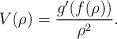
LaTeX: \begin{align*}V(\rho)=\frac{g'(f(\rho))}{\rho^2}.\end{align*}